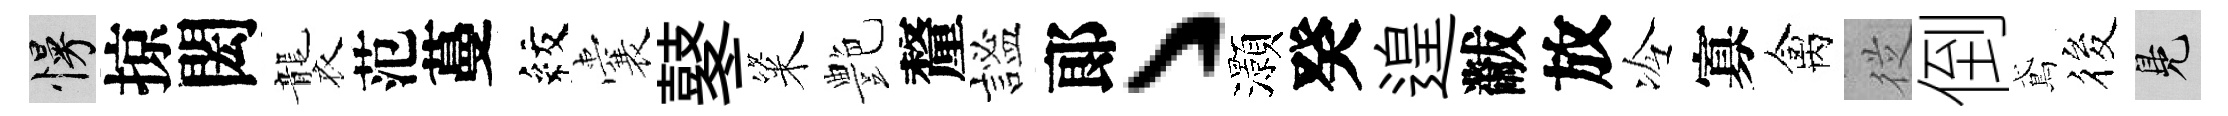
慢掠閎襲范蔓紋囊鼕粢艶釐謐郞丶灝癸遑黻放冷寡禽従倒鳶筱鳬